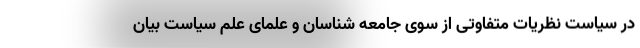
در سیاست نظریات متفاوتی از سوی جامعه شناسان و علمای علم سیاست بیان